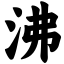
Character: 沸